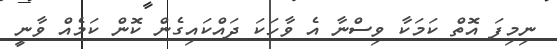
ނިމިފަ އޮތް ކަމަކާ ވިސްނާ އެ ވާހަކަ ދައްކައިގެން ކޮން ކަމެއް ވާނީ